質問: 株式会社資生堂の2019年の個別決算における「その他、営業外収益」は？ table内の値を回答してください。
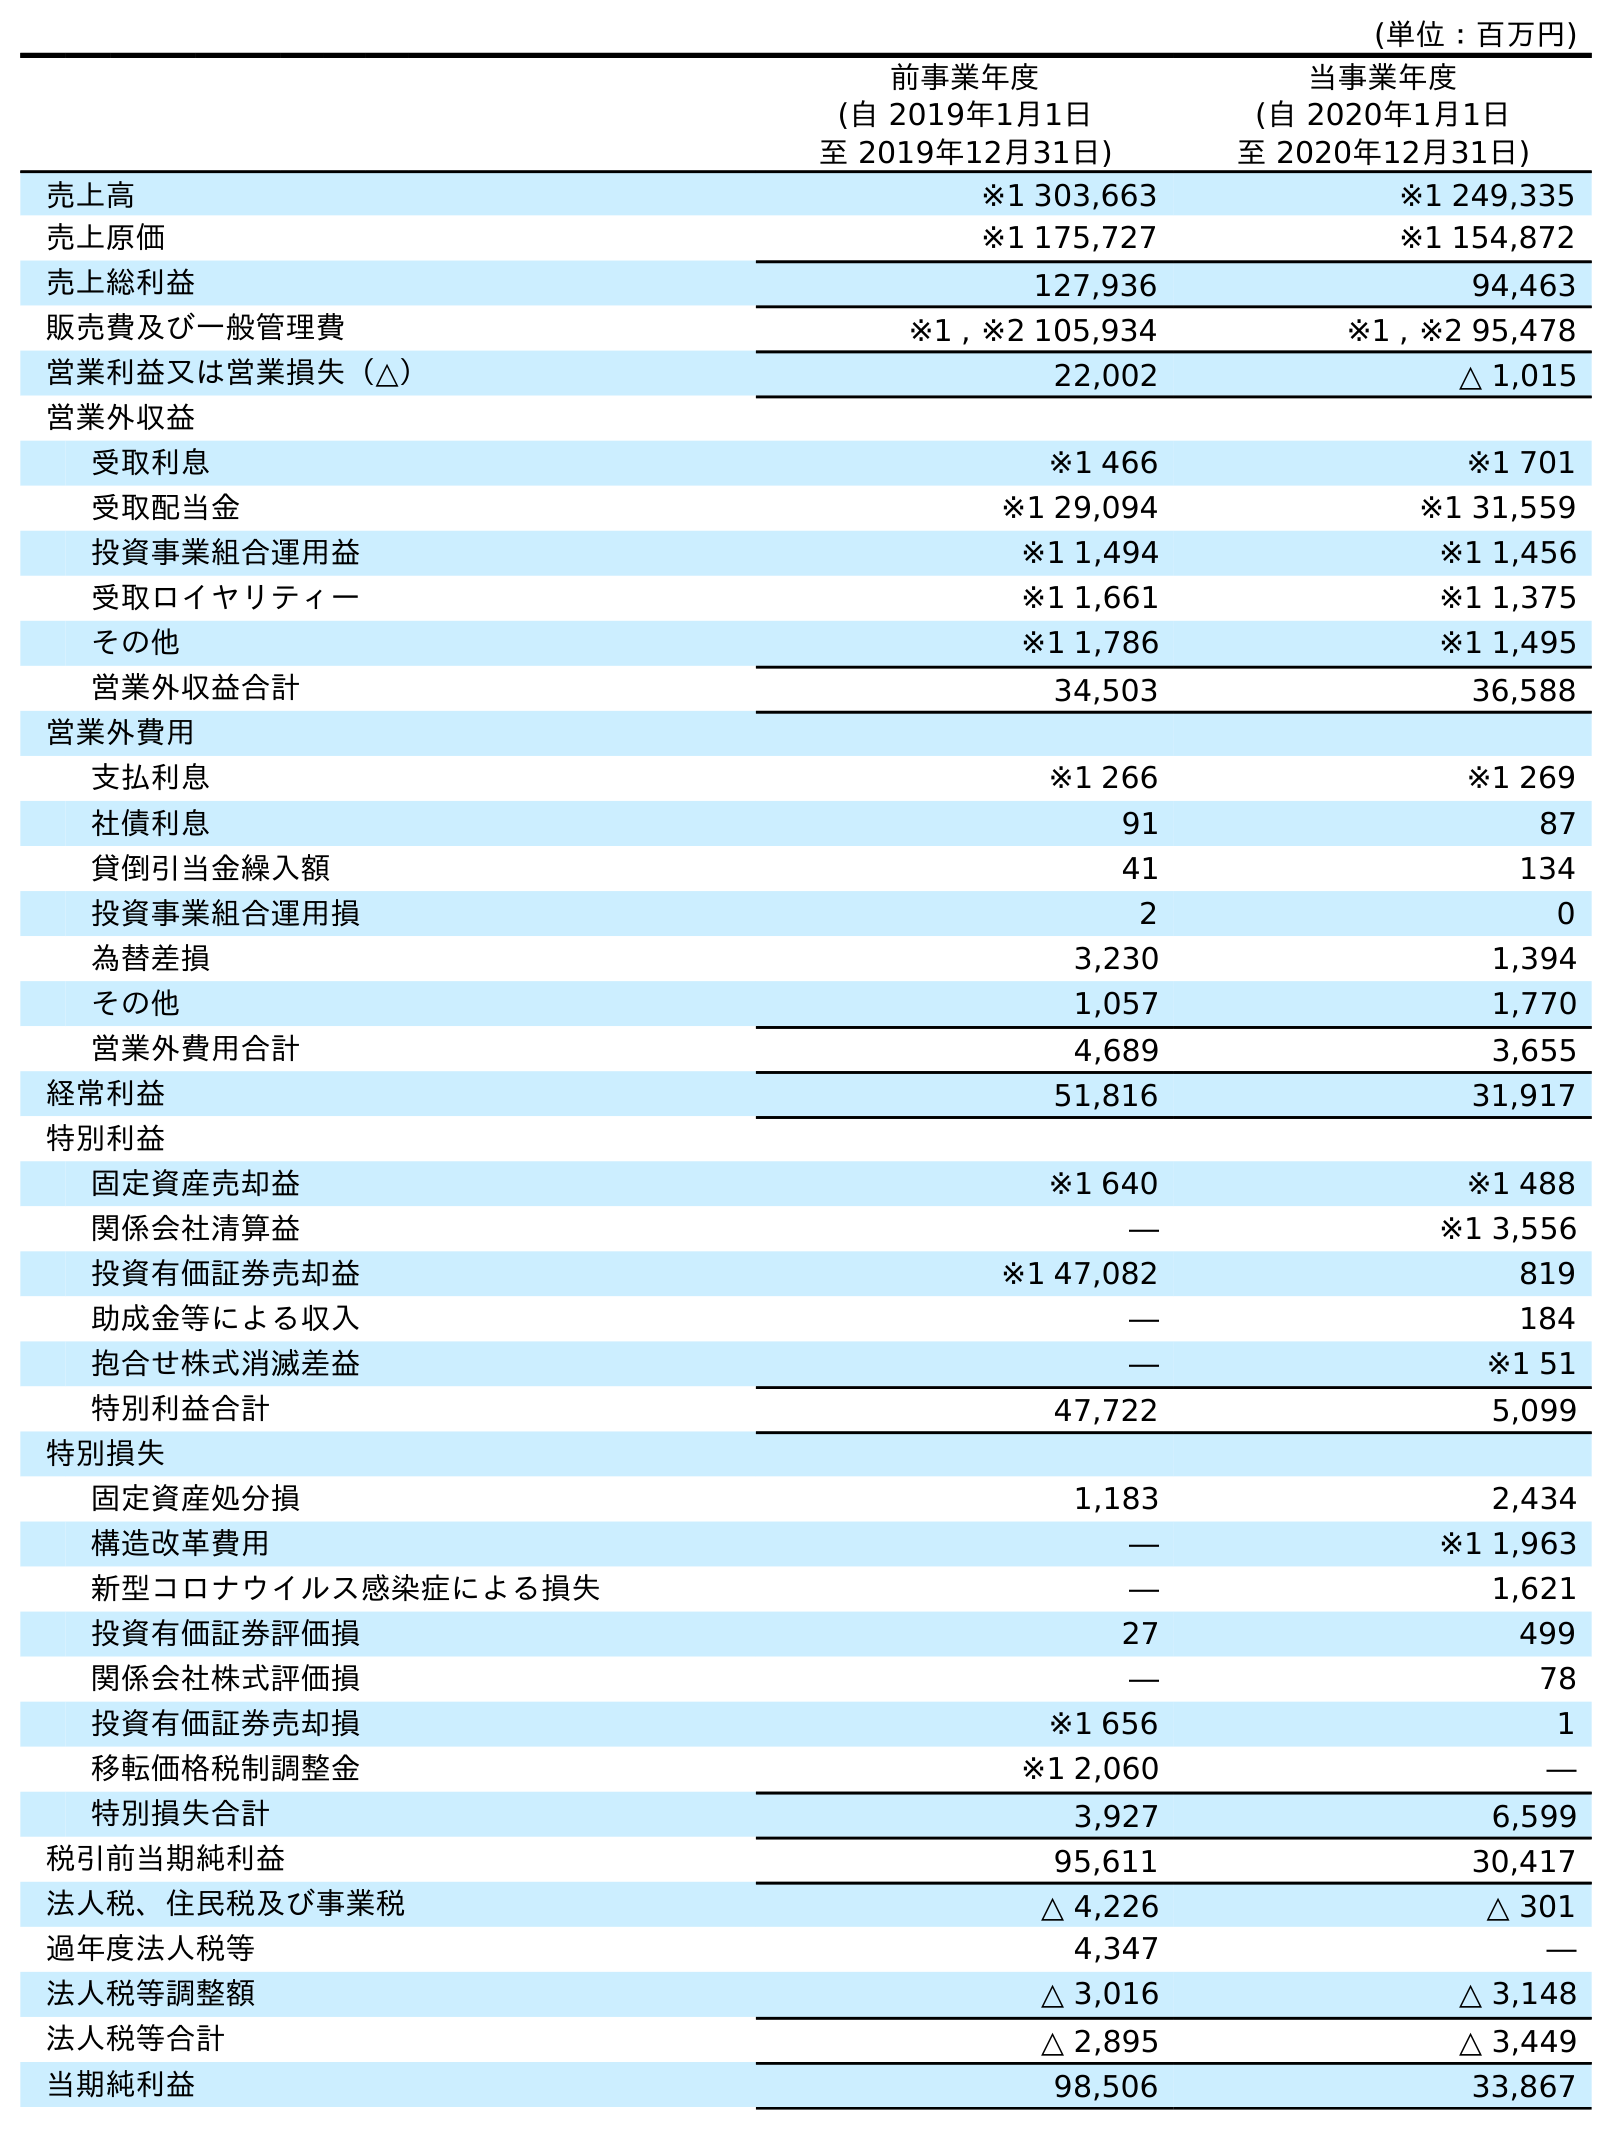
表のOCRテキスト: (単位：百万円) 前事業年度 (自 2019年1月1日 至 2019年12月31日) 当事業年度 (自 2020年1月1日 至 2020年12月31日) 売上高 ※1 303,663 ※1 249,335 売上原価 ※1 175,727 ※1 154,872 売上総利益 127,936 94,463 販売費及び一般管理費 ※1 , ※2 105,934 ※1 , ※2 95,478 営業利益又は営業損失（△） 22,002 △ 1,015 営業外収益 受取利息 ※1 466 ※1 701 受取配当金 ※1 29,094 ※1 31,559 投資事業組合運用益 ※1 1,494 ※1 1,456 受取ロイヤリティー ※1 1,661 ※1 1,375 その他 ※1 1,786 ※1 1,495 営業外収益合計 34,503 36,588 営業外費用 支払利息 ※1 266 ※1 269 社債利息 91 87 貸倒引当金繰入額 41 134 投資事業組合運用損 2 0 為替差損 3,230 1,394 その他 1,057 1,770 営業外費用合計 4,689 3,655 経常利益 51,816 31,917 特別利益 固定資産売却益 ※1 640 ※1 488 関係会社清算益 ― ※1 3,556 投資有価証券売却益 ※1 47,082 819 助成金等による収入 ― 184 抱合せ株式消滅差益 ― ※1 51 特別利益合計 47,722 5,099 特別損失 固定資産処分損 1,183 2,434 構造改革費用 ― ※1 1,963 新型コロナウイルス感染症による損失 ― 1,621 投資有価証券評価損 27 499 関係会社株式評価損 ― 78 投資有価証券売却損 ※1 656 1 移転価格税制調整金 ※1 2,060 ― 特別損失合計 3,927 6,599 税引前当期純利益 95,611 30,417 法人税、住民税及び事業税 △ 4,226 △ 301 過年度法人税等 4,347 ― 法人税等調整額 △ 3,016 △ 3,148 法人税等合計 △ 2,895 △ 3,449 当期純利益 98,506 33,867
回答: ※11,786